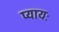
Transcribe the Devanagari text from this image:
प्यायः